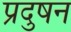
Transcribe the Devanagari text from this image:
प्रदुषन